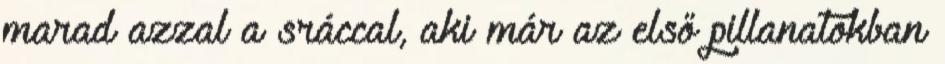
marad azzal a sráccal, aki már az első pillanatokban